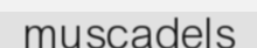
muscadels